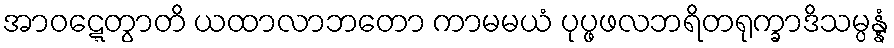
အာဝဋ္ဋေတွာတိ ယထာလာဘတော ကာမမယံ ပုပ္ဖဖလဘရိတရုက္ခာဒိသမ္ပန္နံ